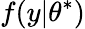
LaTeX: f(y|\theta^{*})